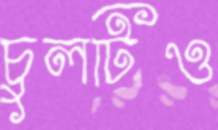
চুলটিও